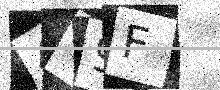
Text: 479F